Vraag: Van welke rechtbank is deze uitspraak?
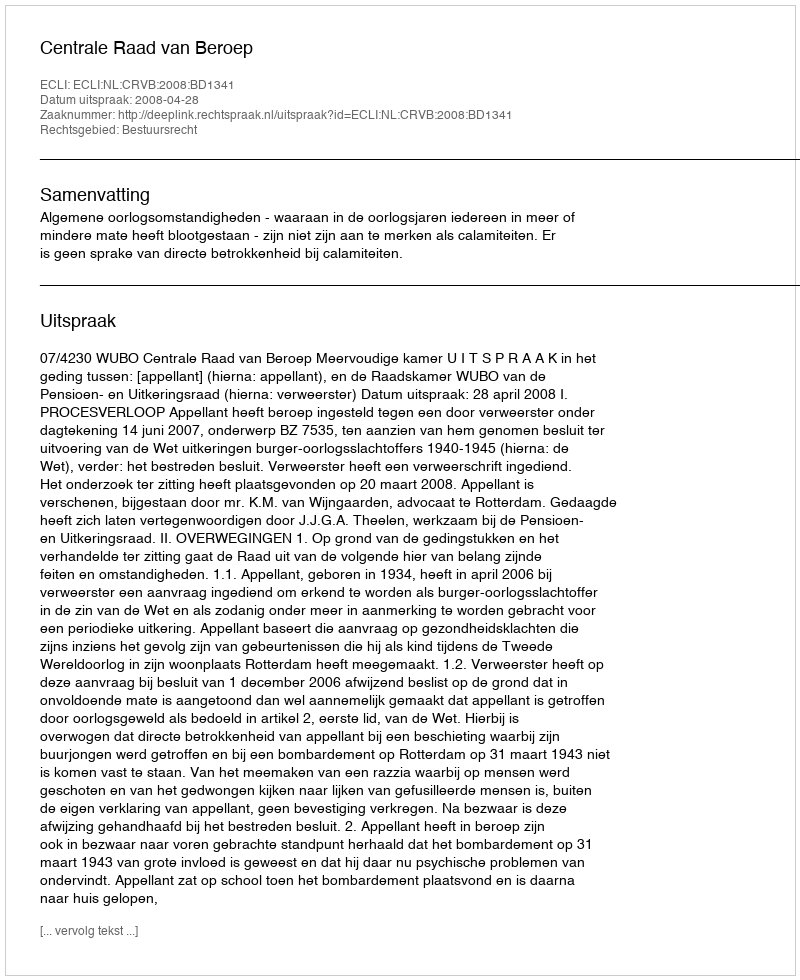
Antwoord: Centrale Raad van Beroep